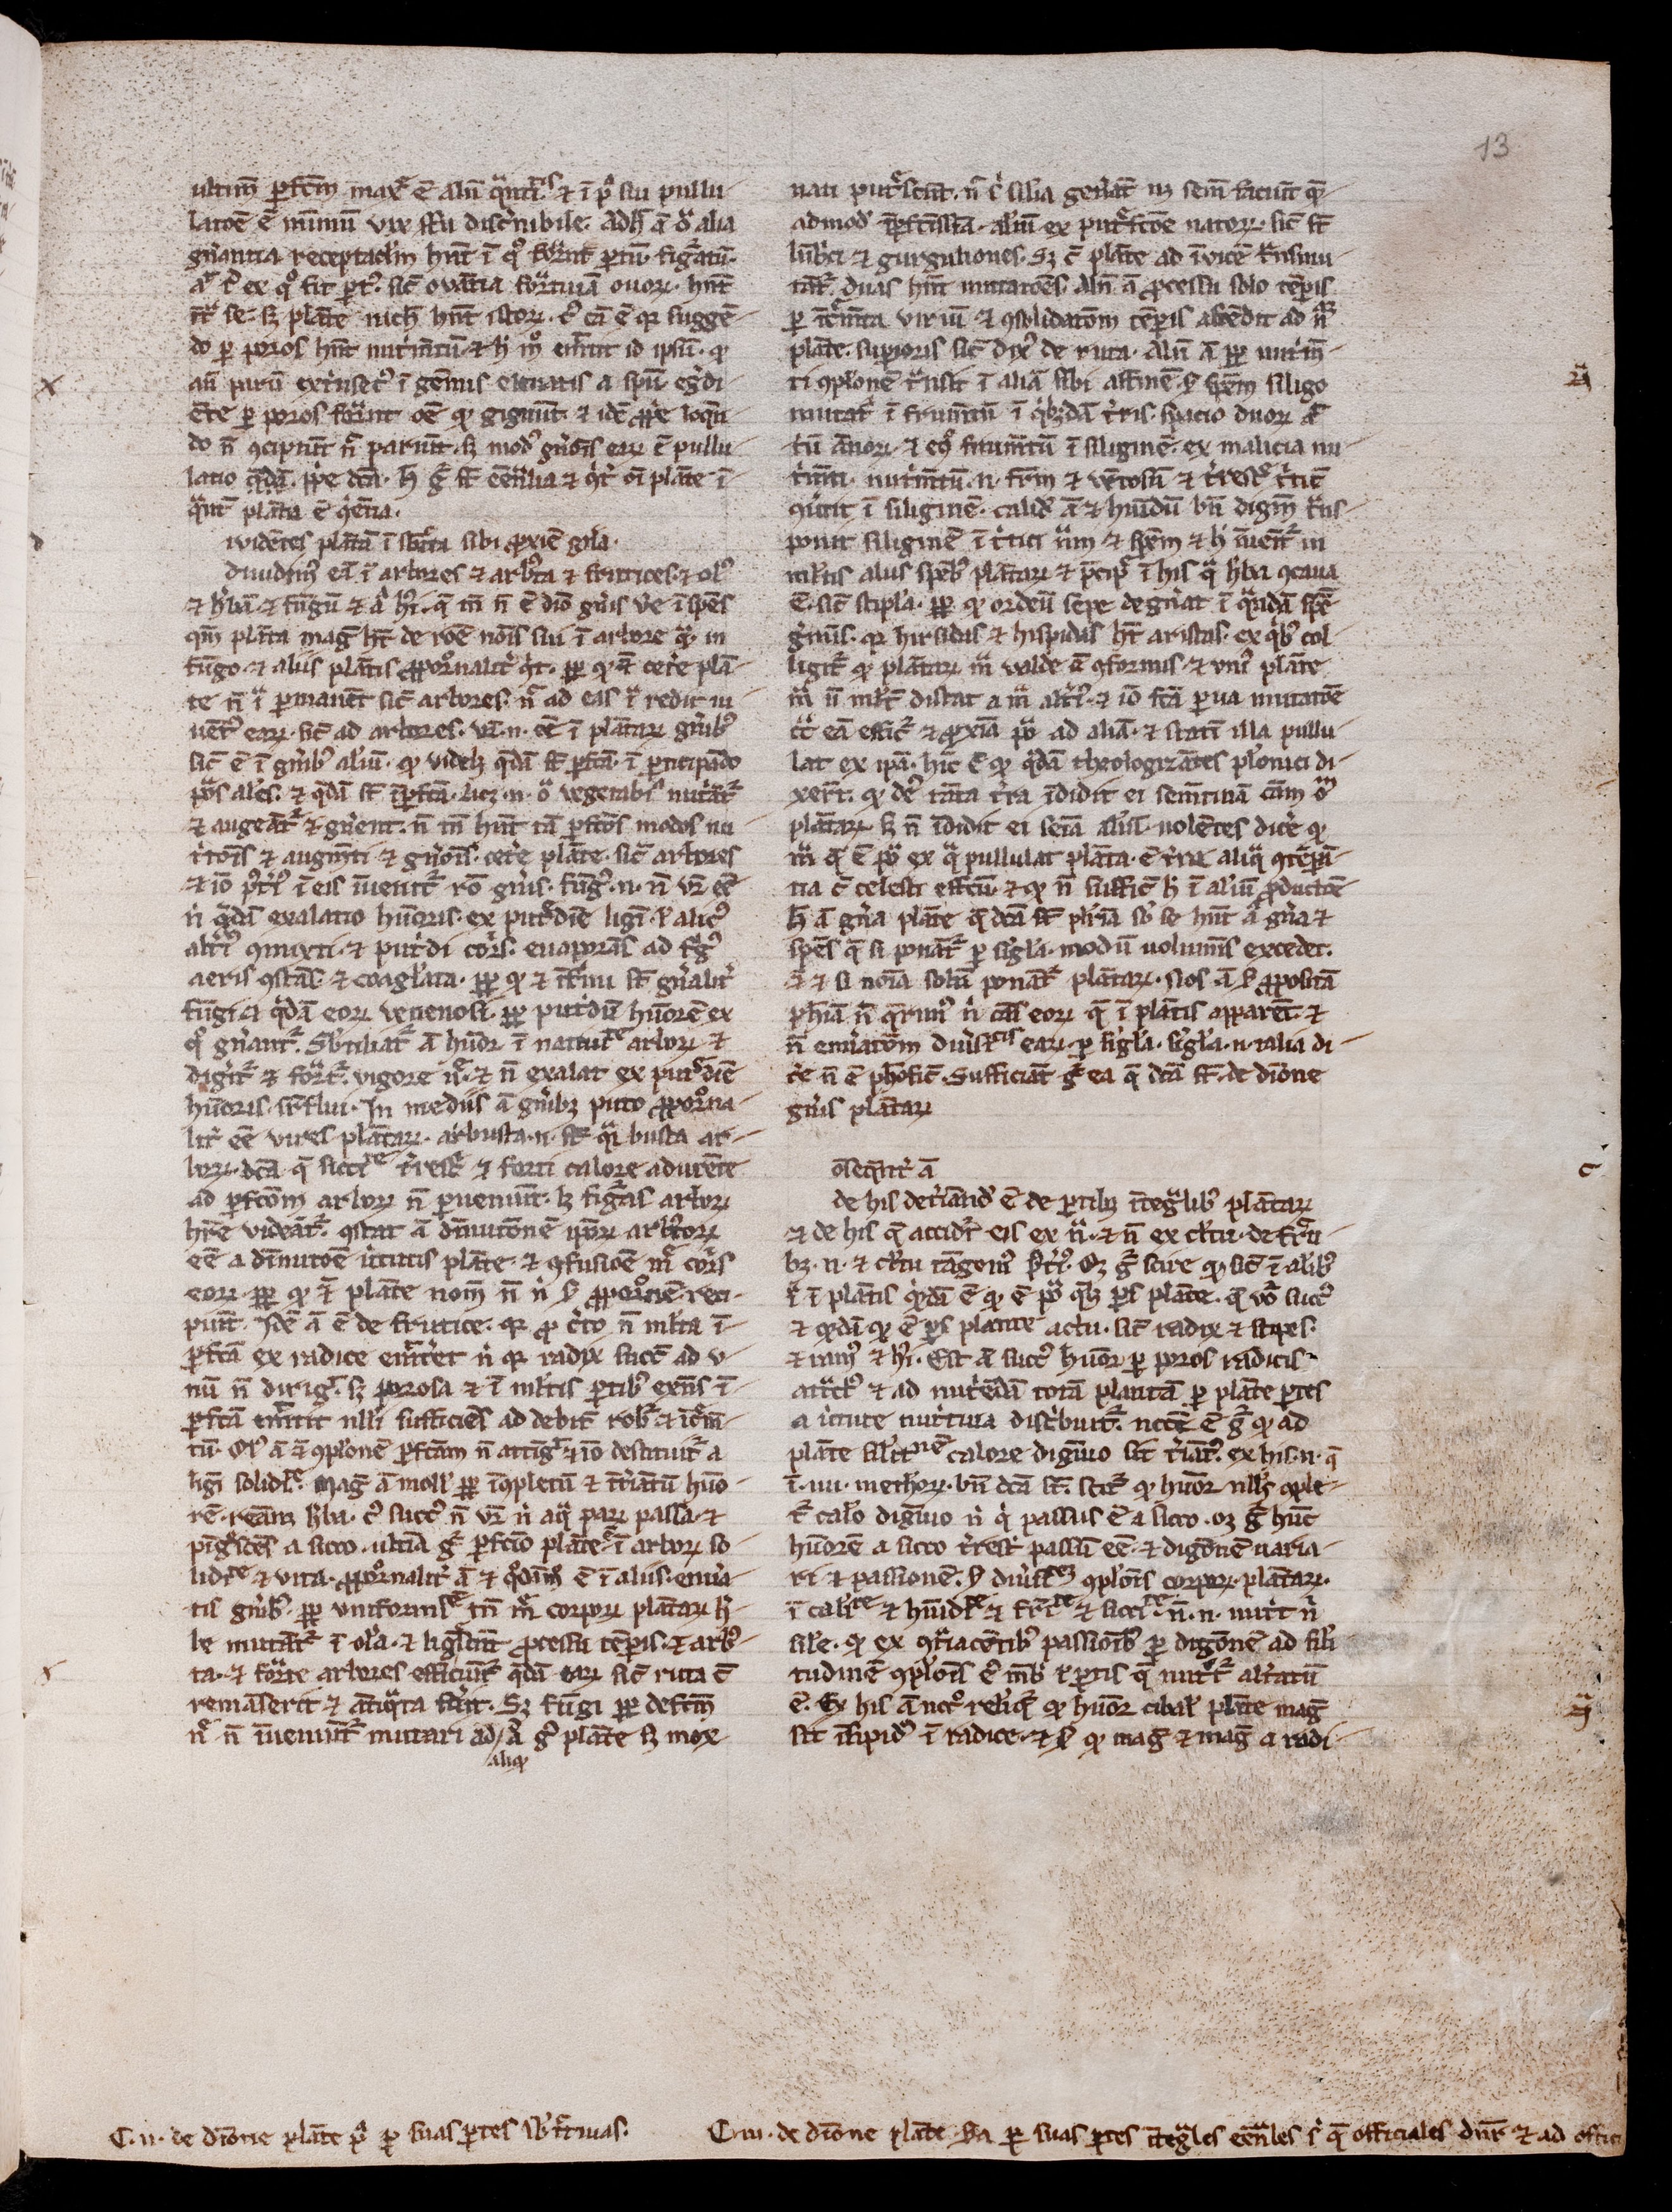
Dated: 1300–1399